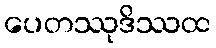
ပေတဿုဒိဿထ